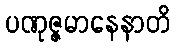
ပဏုဇ္ဇမာနေနာတိ